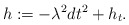
\begin{align*} h:= -\lambda^2 dt^2 + h_t. \end{align*}